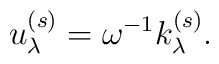
u^{(s)}_{\lambda} =  \omega^{-1} k^{(s)}_{\lambda}.